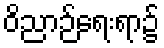
ဝိညာဉ်ရေးရာ၌